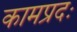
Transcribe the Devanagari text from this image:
कामप्रदः